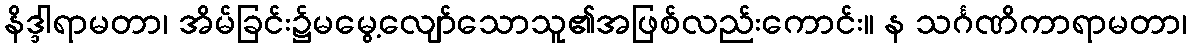
နိဒ္ဒါရာမတာ၊ အိမ်ခြင်း၌မမွေ့လျော်သောသူ၏အဖြစ်လည်းကောင်း။ န သင်္ဂဏိကာရာမတာ၊